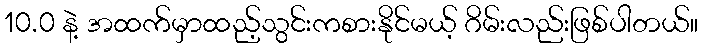
10.0 နဲ့ အထက်မှာထည့်သွင်းကစားနိုင်မယ့် ဂိမ်းလည်းဖြစ်ပါတယ်။